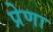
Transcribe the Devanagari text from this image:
प्रेणा